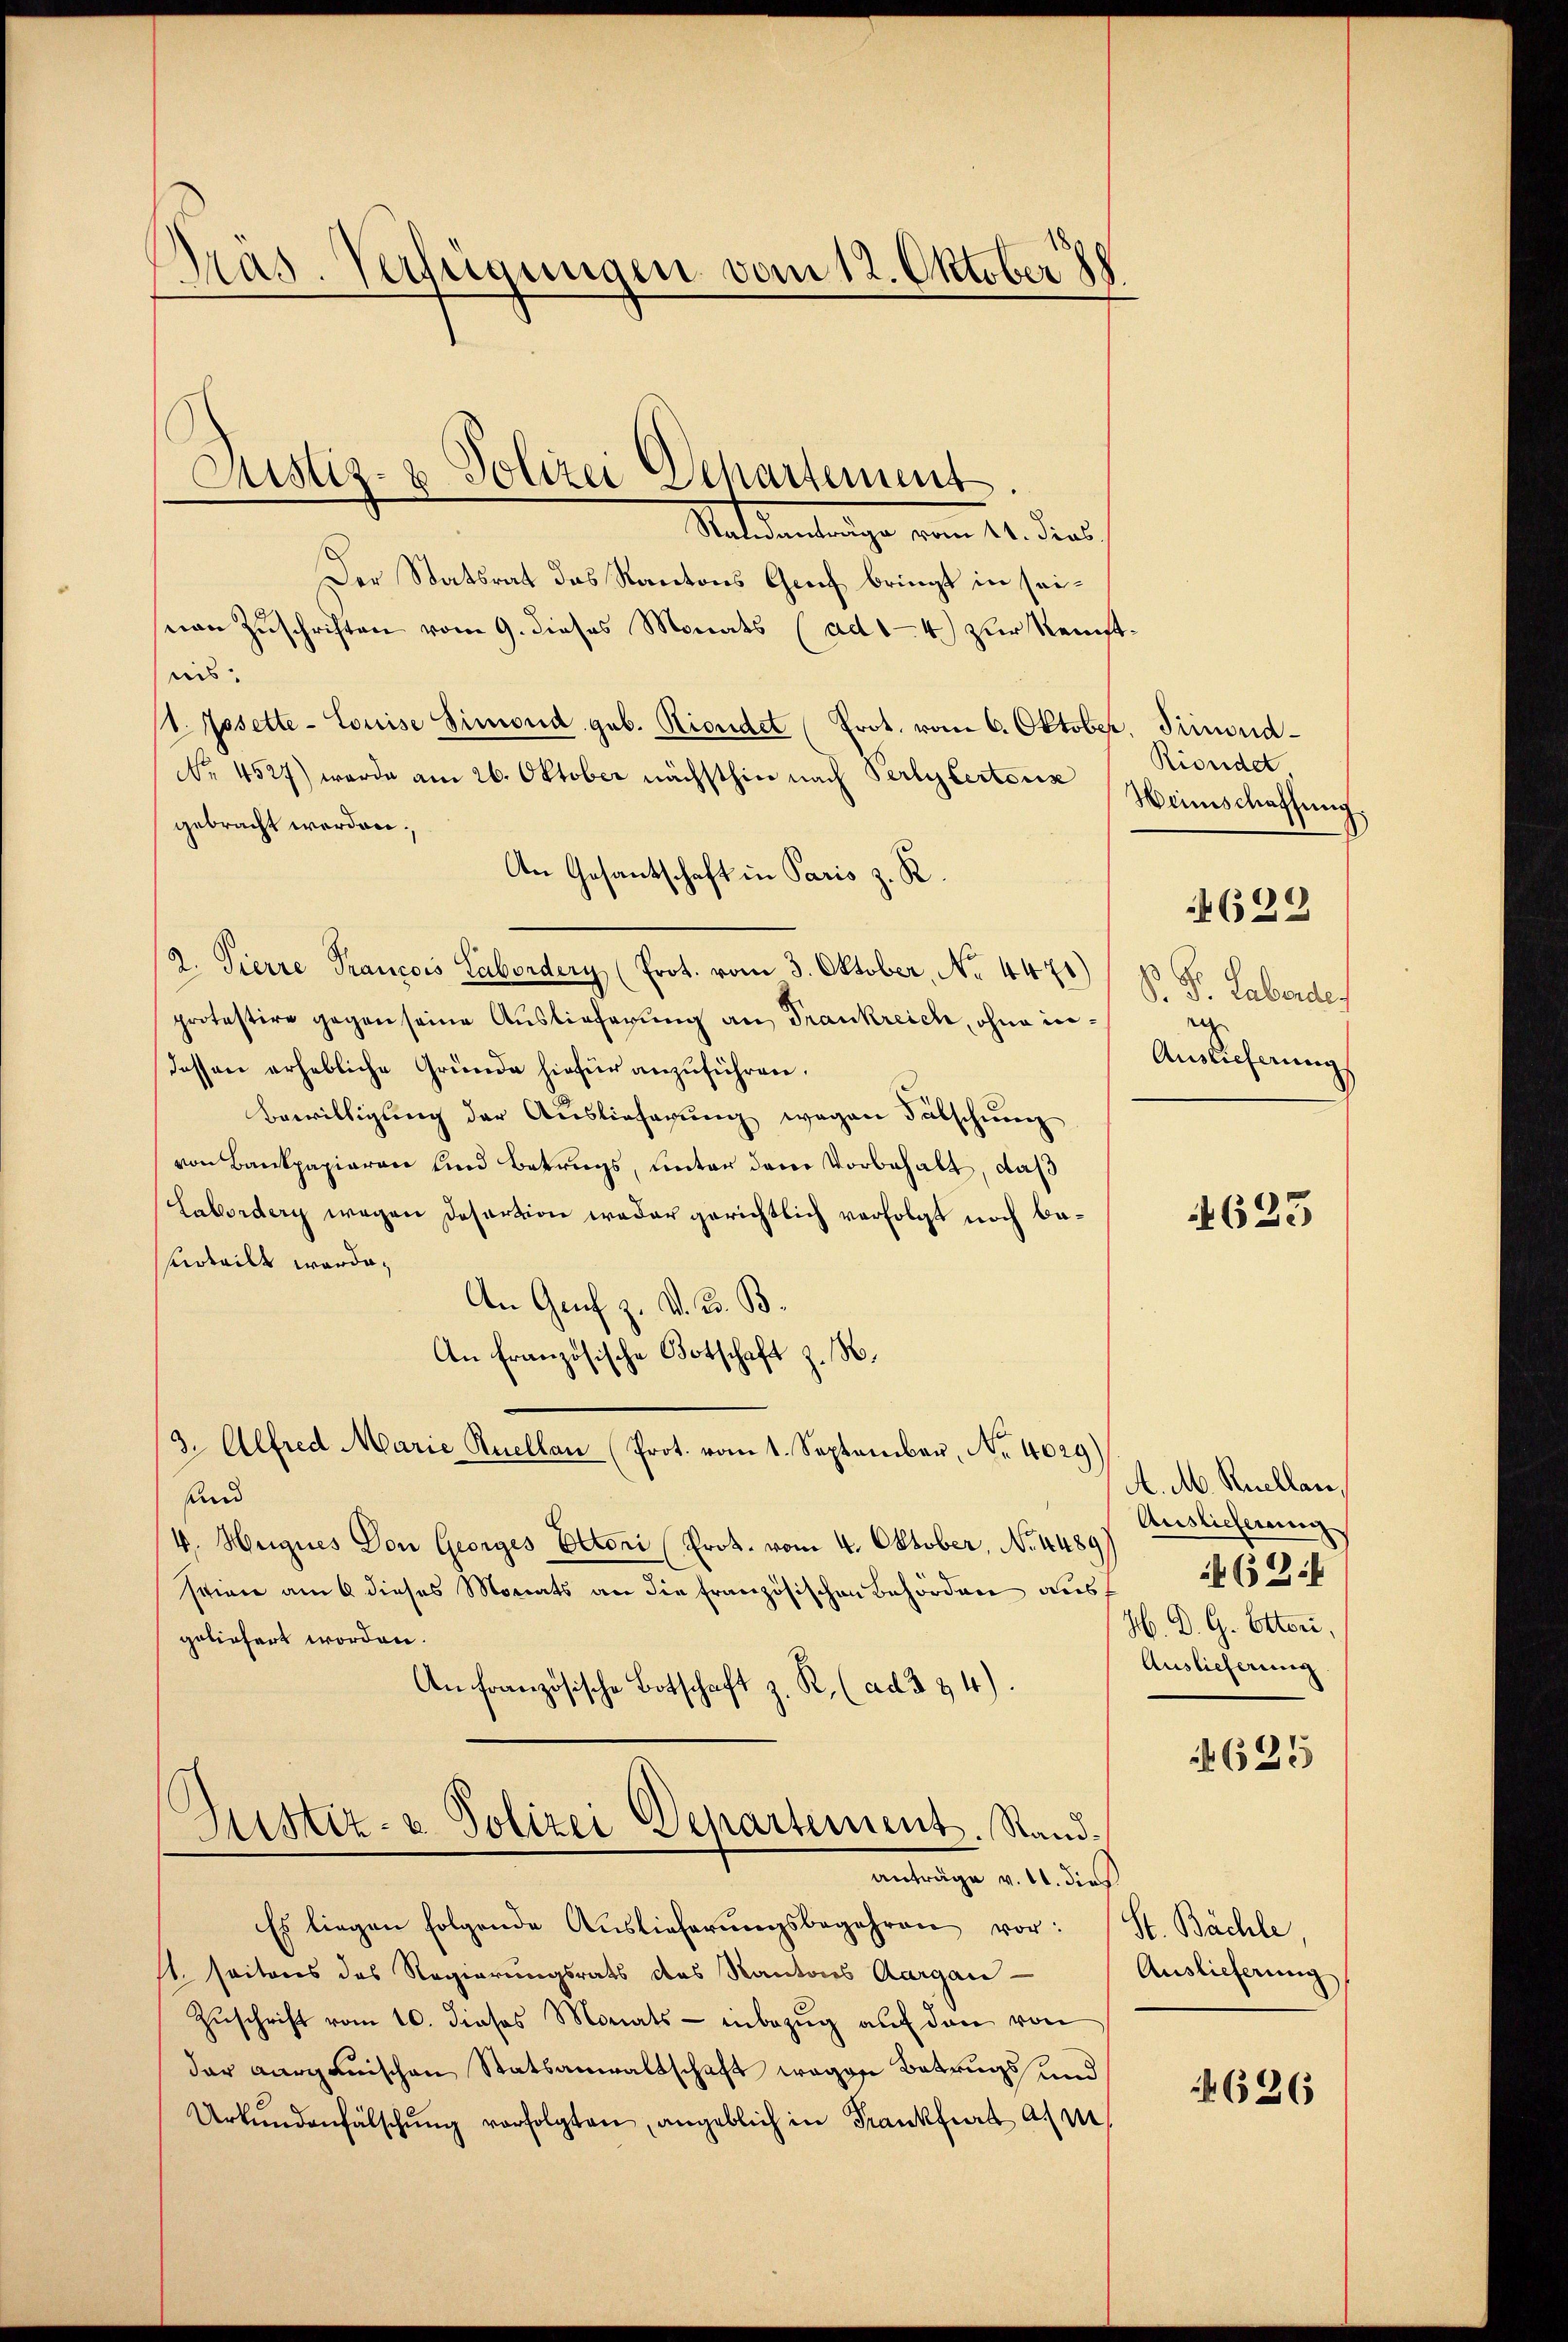
Präs. Verfügungen vom 12. Oktober 18

Justiz- & Polizei Departement.
Staldentenige vom 21. dies

Der Statsrat das Kantons Greif bringt in seinen Zuschriften vom 9. dieses Monats (ad 1-4) zur Reinst
uis
11. Josette-Louise Simond geb. Rindet (Prot. vom 6. Oktober, Freund¬
No. 4527) werde am 26. Oktober nächsthin nach Perlylertoris
gebracht werden.
An Gesantschaft in Paris z. R.
2. Pierre Prancois Labordery (Prot. vom 3. Oktober, No. 4471)
protestire gegen seine Auslieferung an Frankreich, ohne indessen erhebliche Gründe hiefür anzuführen.
Bewilligung der Auslieferung wegen Fälschung
von Bankpapieren und Betrugs, unter dem Vorbehalt, daß
Labordery wegen Desertion weder gerichtlich verfolgt noch be¬
Urteilt werde,
An Genf z. d. d. B.
An Französische Botschaft z. B.
3. Alfred Marie Quellen (Prot. vom 1. September, No 4029)
und
4. Hugues Don Georges Ottoni (Prot. vom 4. Oktober, No. 4489
stinie am 6 dieses Monats an die französischen Behörden aus
geliefert worden.
An französische Botschaft z. R. (ad 3 & 4).
Justiz- u Polizei Departement. Sandanträge v. 11. dies
Es liegen folgende Auslieferŭngsbegehren vor:
st seitens des Regierungsrats des Kantons Aargau
Zŭschrift vom 10. dieses Monats - inbezŭg aŭf den von
dar Aargauischen Statsanwaltschaft wegen Betrugs und
Urkŭndenfälschŭng verfolgten, angeblich in Frankfurt a. m.

Riondet.
Winschaffung.
4622
S. P. Laborde
e
Auslieferung

623

A. M. Ruellan,
Auslieferung
if. 62.
H. D. G. Ottori,
Auslieferung
 635

St. Bächle,
Auslieferung

636